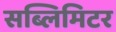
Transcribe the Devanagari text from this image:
सब्लिमिटर